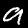
Digit: 9